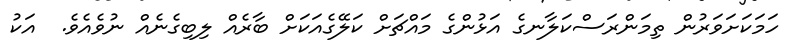
ހަމަކަށަވަރުން ތިމަންރަސްކަލާނގެ އަޅުންގެ މައްޗަށް ކަލޭގެއަކަށް ބާރެއް ލިބިގެނެއް ނުވެއެވެ.  އަކު